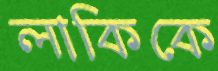
লাকিকে